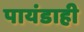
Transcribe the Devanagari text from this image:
पायंडाही